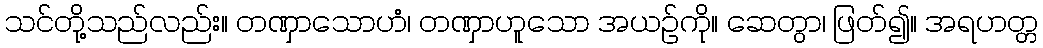
သင်တို့သည်လည်း။ တဏှာသောဟံ၊ တဏှာဟူသော အယဉ်ကို။ ဆေတွာ၊ ဖြတ်၍။ အရဟတ္တ